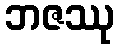
ဘဇဿု